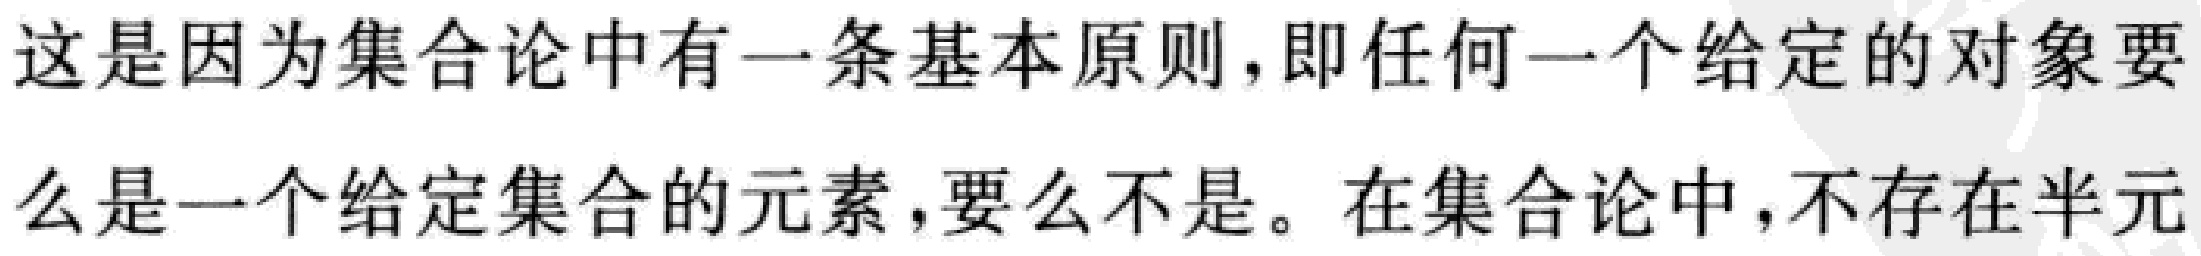
这是因为集合论中有一条基本原则，即任何一个给定的对象要么是一个给定集合的元素,要么不是。在集合论中,不存在半元